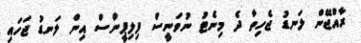
ރާއްޖޭން ލަނޑު ޖެހިތާ ދެ މިނެޓު ނުވަނީސް ފިލިޕީންސް އިން ލަނޑު ޖަހައި